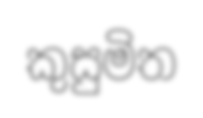
කුසුමිත